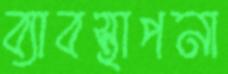
ব্যাবস্থাপনা